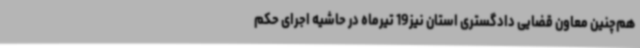
هم‌چنین معاون قضایی دادگستری استان نیز19 تیرماه در حاشیه اجرای حکم